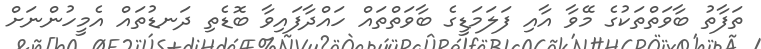
ތަފާތު ބާވަތްތަކުގެ މޭވާ އާއި ފަލަމަޑީގެ ބާވަތްތައް ހައްދާފައިވާ ބޮޑެތި ދަނޑުތައް އެމީހުންނަށް